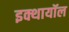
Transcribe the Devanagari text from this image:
इक्थायॉल